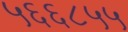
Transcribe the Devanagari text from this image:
५६६८५५